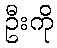
ဦးကို